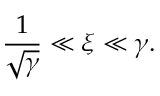
\frac 1 { \sqrt \gamma } \ll \xi \ll \gamma .